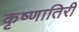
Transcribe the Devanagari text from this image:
कृष्णातिरी